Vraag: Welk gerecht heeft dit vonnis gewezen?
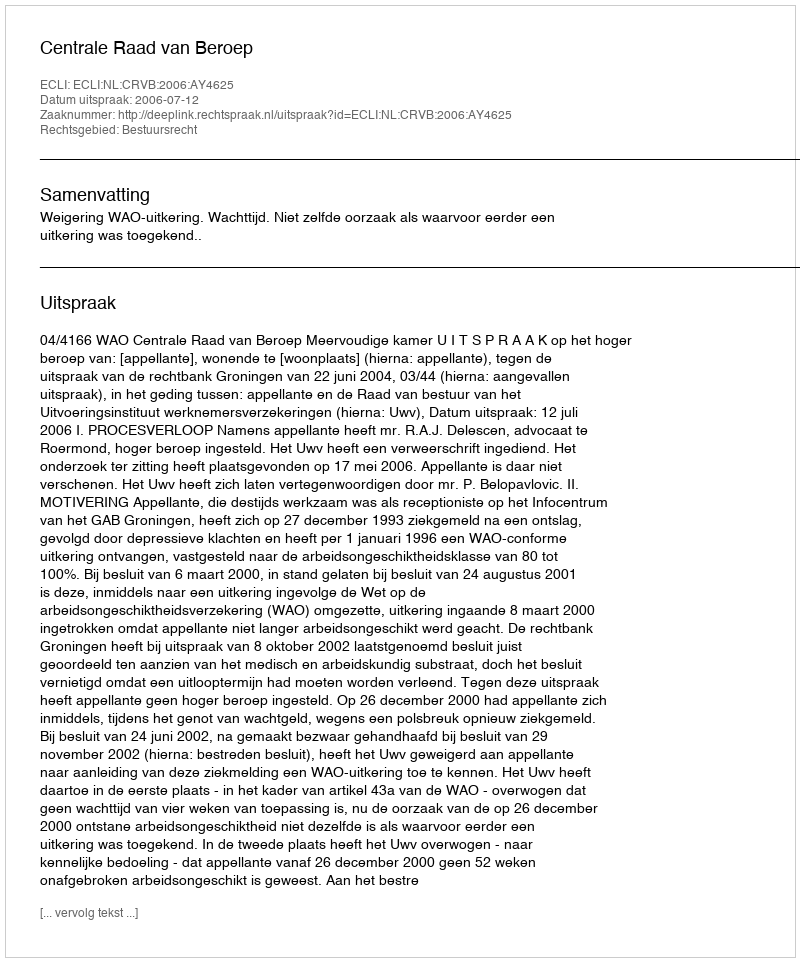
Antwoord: Centrale Raad van Beroep